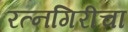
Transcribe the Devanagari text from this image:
रत्नगिरीचा